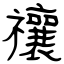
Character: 禳